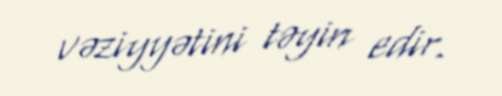
vəziyyətini təyin edir.